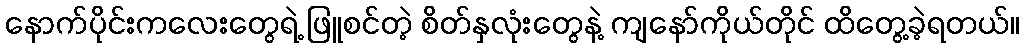
နောက်ပိုင်းကလေးတွေရဲ့ ဖြူစင်တဲ့ စိတ်နှလုံးတွေနဲ့ ကျနော်ကိုယ်တိုင် ထိတွေ့ခဲ့ရတယ်။